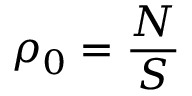
\rho _ { 0 } = \frac { N } { S }